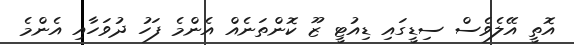
އޮތީ އޭލެވެސް ސިޑީގައި ޑިއުޓީ ޒޫ ކޮންތަނެއް އެންމެ ފަހު ދުވަހާއި އެންމެ